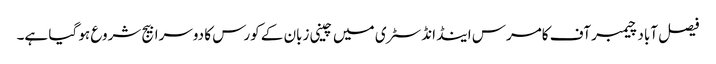
فیصل آباد چیمبر آف کامرس اینڈ انڈسٹری میں چینی زبان کے کورس کا دوسرا بیج شروع ہو گیا ہے۔